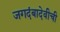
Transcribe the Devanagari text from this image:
जगदंबादेवीची